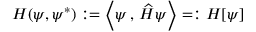
H ( \psi , \psi ^ { * } ) : = \left< \psi \, , \, \widehat { H } \psi \right> = : H [ \psi ]